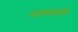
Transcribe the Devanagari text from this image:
भावनात्मक